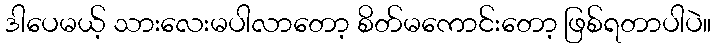
ဒါပေမယ့် သားလေးမပါလာတော့ စိတ်မကောင်းတော့ ဖြစ်ရတာပါပဲ။